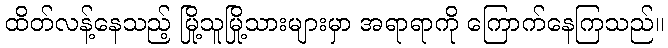
ထိတ်လန့်နေသည့် မြို့သူမြို့သားများမှာ အရာရာကို ကြောက်နေကြသည်။